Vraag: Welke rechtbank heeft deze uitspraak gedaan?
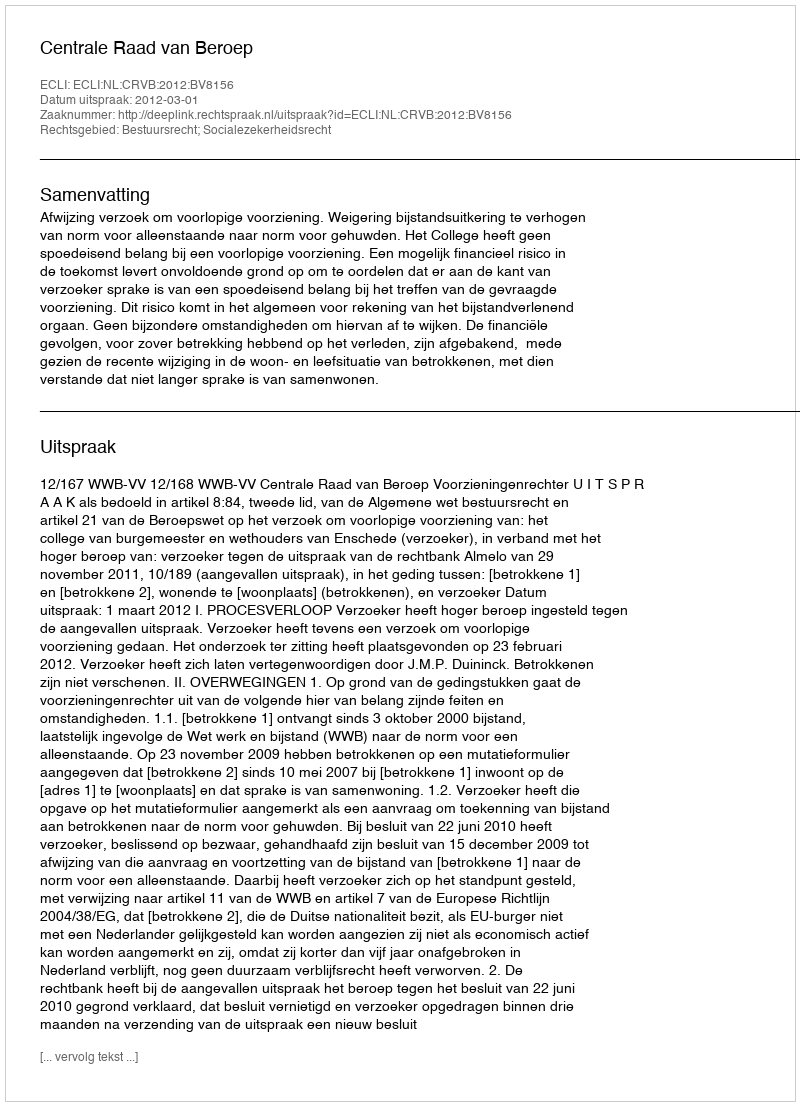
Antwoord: Centrale Raad van Beroep